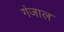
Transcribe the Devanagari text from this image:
गंजाल